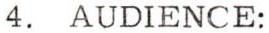
4. AUDIENCE: